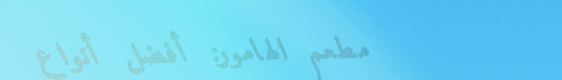
مطعم الهامور: أفضل أنواع